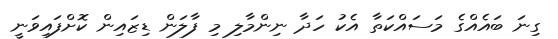
ގިނަ ބައެއްގެ މަސައްކަތާ އެކު ހަދާ ނިންމާލި މި ފާލަން ޑިޒައިން ކޮށްފައިވަނީ